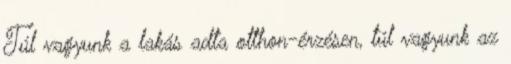
Túl vagyunk a lakás adta otthon-érzésen, túl vagyunk az